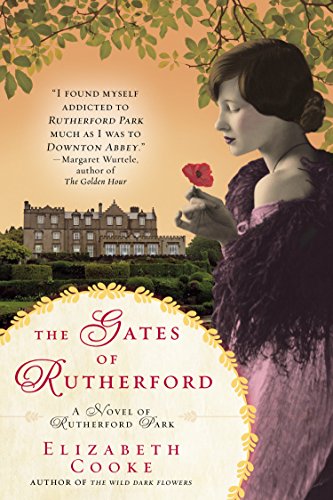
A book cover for The Gates of Rutherford; Elizabeth Cooke; Romance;